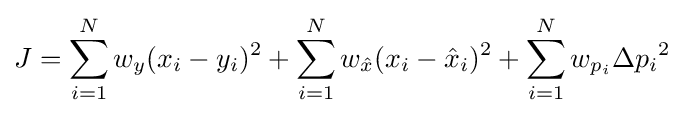
J=\sum _{i=1}^{N}w_{y}(x_{i}-y_{i})^{2}+\sum _{i=1}^{N}w_{\hat {x}}(x_{i}-{\hat {x}}_{i})^{2}+\sum _{i=1}^{N}w_{p_{i}}{\Delta p_{i}}^{2}